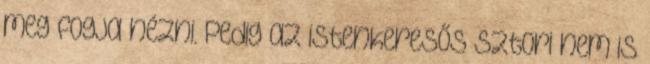
meg fogja nézni. Pedig az istenkeresős sztori nem is